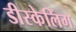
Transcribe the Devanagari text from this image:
डीस्केलिंग